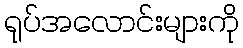
ရုပ်အလောင်းများကို